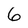
Character: 6